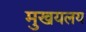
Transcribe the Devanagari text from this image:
मुखयलय